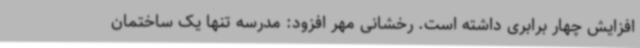
افزایش چهار برابری داشته است. رخشانی مهر افزود: مدرسه تنها یک ساختمان